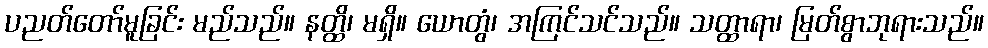
ပညတ်တော်မူခြင်း မည်သည်။ နတ္ထိ၊ မရှိ။ ယောတွံ၊ အကြင်သင်သည်။ သတ္ထာရာ၊ မြတ်စွာဘုရားသည်။